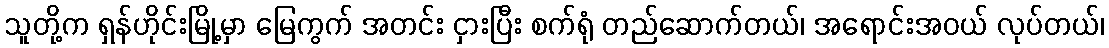
သူတို့က ရှန်ဟိုင်းမြို့မှာ မြေကွက် အတင်း ငှားပြီး စက်ရုံ တည်ဆောက်တယ်၊ အရောင်းအဝယ် လုပ်တယ်၊